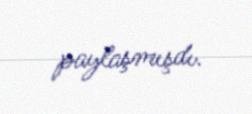
paylaşmışdı.